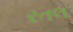
રતલ